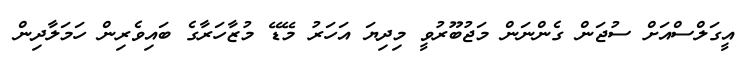
އީގަލްސްއަށް ސުޖަން ގެންނަން މަޖުބޫރުވީ މިދިޔަ އަހަރު މޭޑޭ މުޒާހަރާގެ ބައިވެރިން ހަމަލާދިން